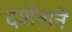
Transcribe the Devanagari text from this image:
दर्शनानें